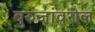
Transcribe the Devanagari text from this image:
बुरुजांवरील